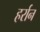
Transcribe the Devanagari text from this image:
हर्रान